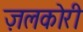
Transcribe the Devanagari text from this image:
ज़लकोरी